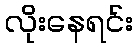
လိုးနေရင်း